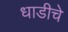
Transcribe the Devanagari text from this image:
धाडीचे